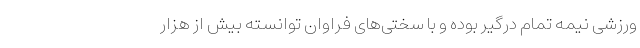
ورزشی نیمه تمام درگیر بوده و با سختی‌های فراوان توانسته بیش از هزار